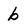
Character: b